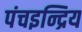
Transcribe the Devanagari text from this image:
पंचइन्द्रिय